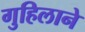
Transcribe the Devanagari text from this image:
गुहिलाने